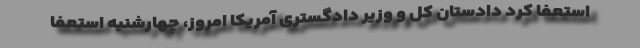
استعفا کرد دادستان کل و وزیر دادگستری آمریکا امروز، چهارشنبه استعفا